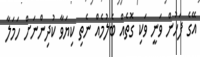
އޭގެ ފަހުން ވަނީ ވަކި ގޮތެއް ބެލުމެއް ނެތި ކިޔަވާ ކުދިންނަށް ހަމަލާ